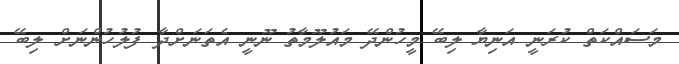
މަސައްކަތް ކުރަނީ އަނިޔާ ލިބޭ މީހުންދޭ މައުލޫމާތު ނޫނީ އެތަނަށްދާ ފުލުހުންނަށް ލިބޭ